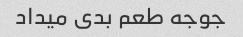
جوجه طعم بدی میداد